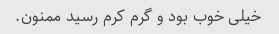
خیلی خوب بود و گرم کرم رسید ممنون.